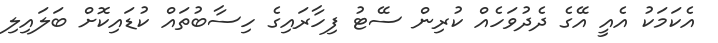
އެކަމަކު އެއީ އޭގެ ދެދުވަހެއް ކުރިން ސޭޓު ފިހާރައިގެ ހިސާބުތައް ކުޑައިކޮށް ބަލައިލި